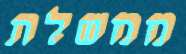
ממשלת